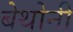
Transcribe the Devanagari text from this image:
बेथोनी